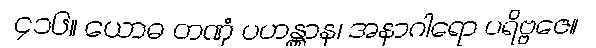
၄၁၆။ ယောဓ တဏှံ ပဟန္တွာန၊ အနာဂါရော ပရိဗ္ဗဇေ။